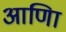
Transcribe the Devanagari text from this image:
आणिा